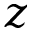
z